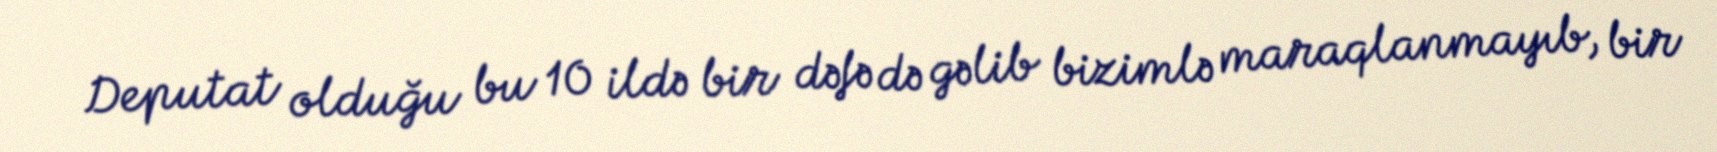
Deputat olduğu bu 10 ildə bir dəfə də gəlib bizimlə maraqlanmayıb, bir